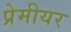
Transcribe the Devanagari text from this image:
प्रेमीयर